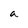
Character: a